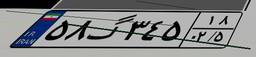
۵۸گ۳۴۵۱۸